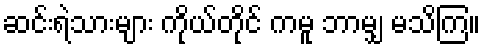
ဆင်းရဲသားများ ကိုယ်တိုင် ကမူ ဘာမျှ မသိကြ။